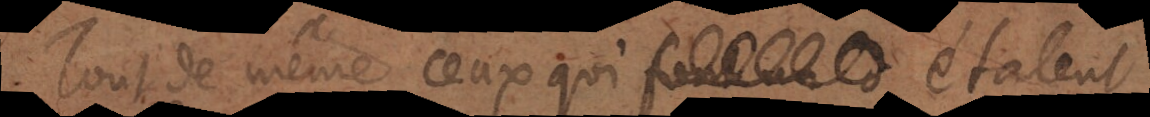
Tout de même ceux qui font